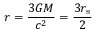
r = { \frac { 3 G M } { c ^ { 2 } } } = { \frac { 3 r _ { \mathrm { { s } } } } { 2 } }